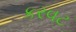
કરવટ